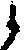
候